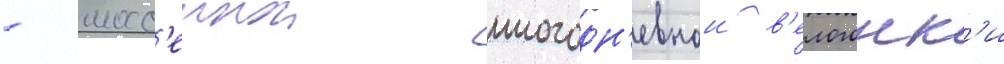
- шосс'еинои многодн'евнои в'елогонк'и